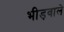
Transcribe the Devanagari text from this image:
भीड़वाले